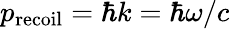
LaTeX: p_{\mathrm{recoil}}=\hbar k=\hbar\omega/c